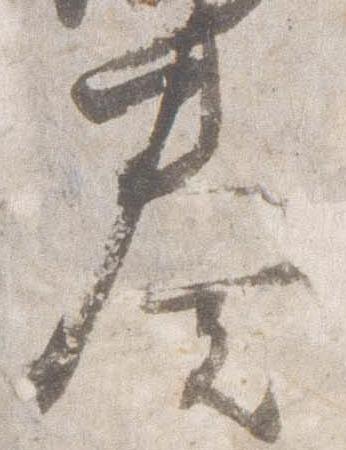
奏